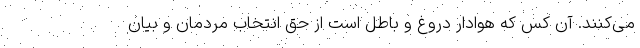
می‌کنند. آن کس که هوادار دروغ و باطل است از حق انتخاب مردمان و بیان